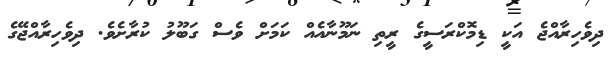
ދިވެހިރާއްޖެ އަކީ ޑިމޮކްރަސީގެ ރީތި ނަމޫނާއެއް ކަމަށް ވެސް ގަބޫލު ކުރާށެވެ. ދިވެހިރާއްޖޭގެ